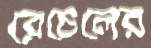
রেচেলের